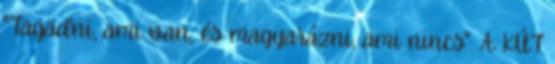
"Tagadni, ami van, és magyarázni, ami nincs". A KÚT